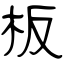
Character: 板